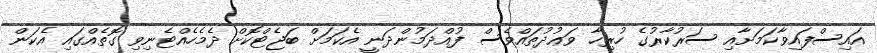
އައިސްފައިވާކަމަށާއި ސަރުކާރުގެ ހުރިހާ ވަޢުދުތައްވެސް ފުއްދަމުންދަނީ އެކަމަށް ބަޖެޓްކޮށް ދެމެހެއްޓެނިވި ގޮތެއްގައި އެކަން